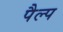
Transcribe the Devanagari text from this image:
पैल्प